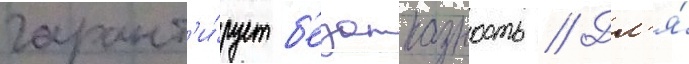
гарант'и́рует б'езотказность // Дл'я́